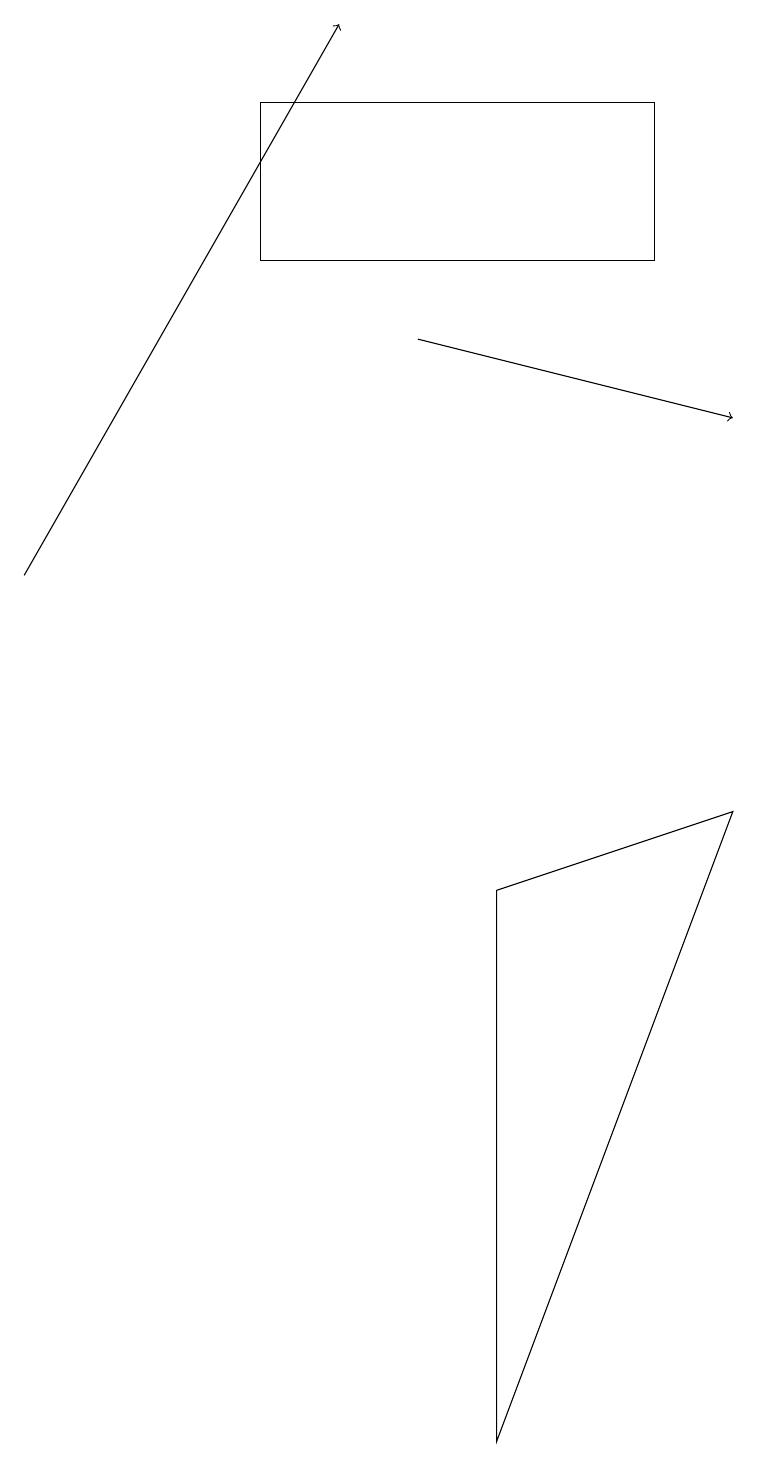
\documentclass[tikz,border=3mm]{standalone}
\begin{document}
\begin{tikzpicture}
\draw[->] (0,12) -- (4,19);
\draw[->] (5,15) -- (9,14);
\draw (8,18) rectangle (3,16);
\draw (6,1) -- (6,8) -- (9,9) -- cycle;
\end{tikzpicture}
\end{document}